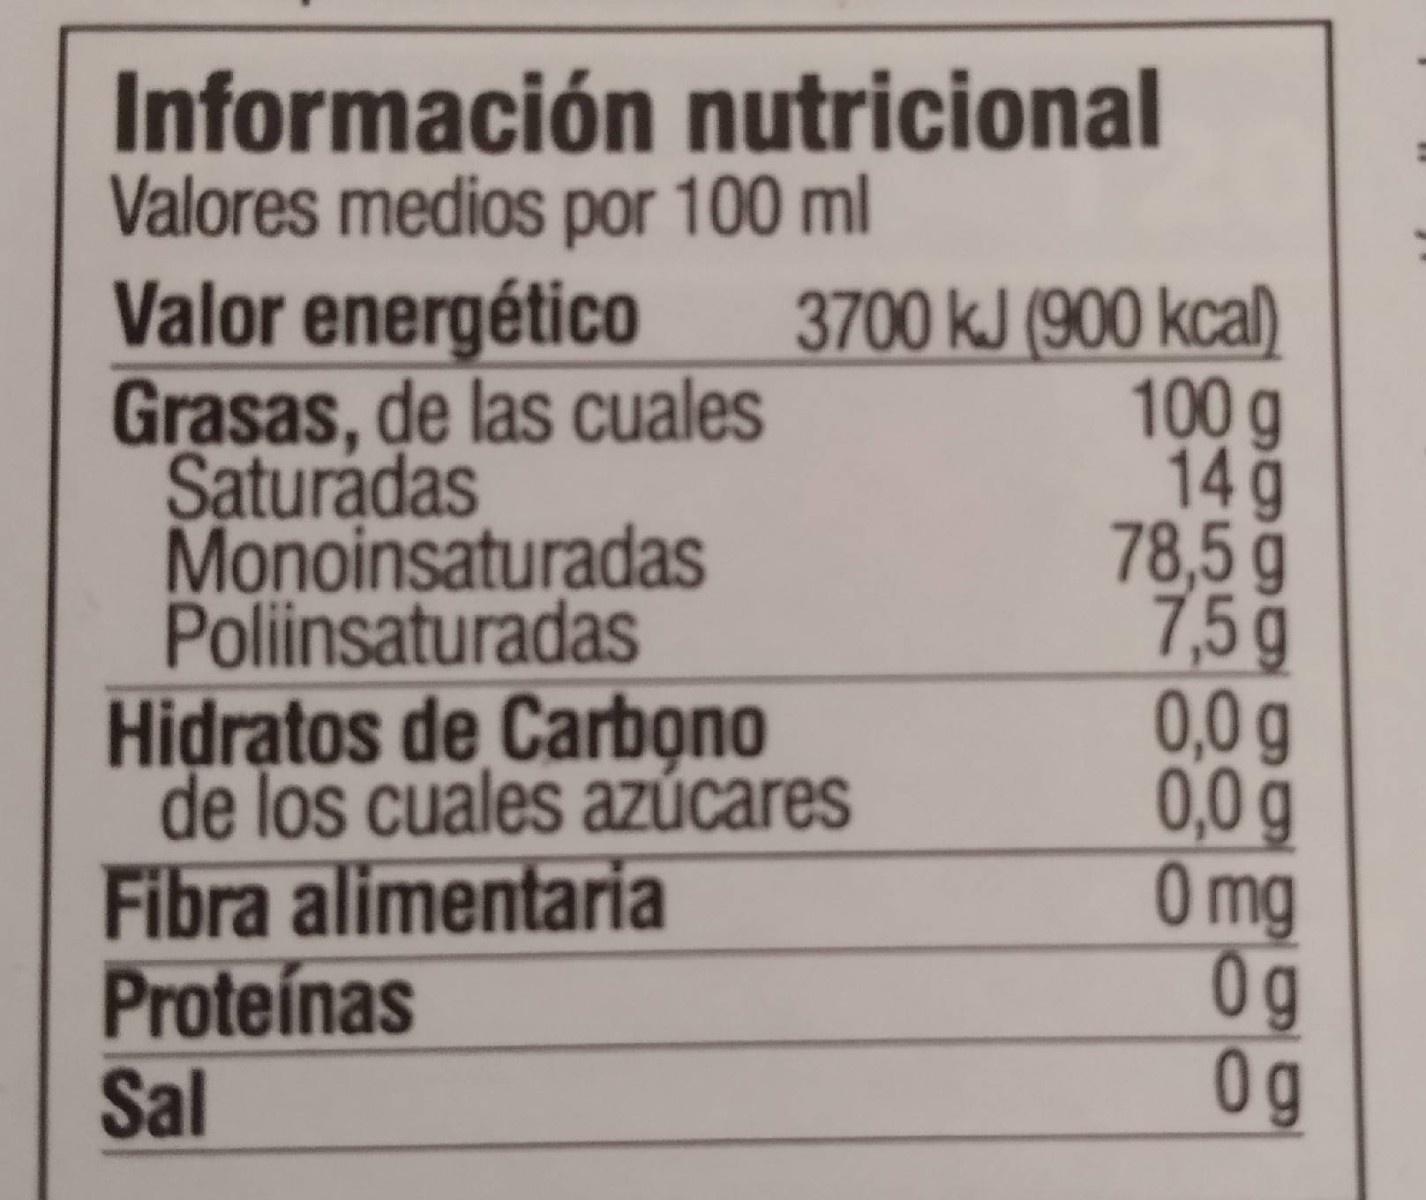
Información nutricional Valores medios por 100 ml Valor energético Grasas, de las cuales Saturadas Monoinsaturadas Poliinsaturadas Hidratos de Carbono de los cuales azZúcares Fibra alimentaria Proteínas Sal
3700 kJ (900 kcal) 100g 14g 78,5g 7,5g 0,0g 0,0g Omg 0g 0g